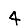
Digit: 4